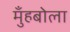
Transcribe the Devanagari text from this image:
मुँहबोला